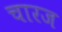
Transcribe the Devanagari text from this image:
चारज